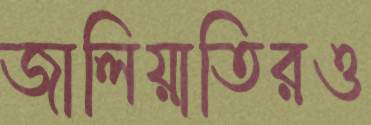
জালিয়াতিরও